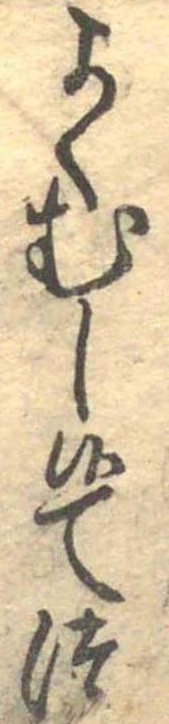
よくむし候てつ